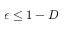
\epsilon \le 1 - D